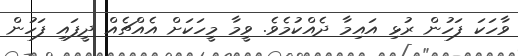
ވާހަކަ ފަހުން ރުޅި އައިމާ ދެއްކުމެވެ. ވީމާ މީހަކަށް އެއްޗެއް ދީފައި ފަހުން